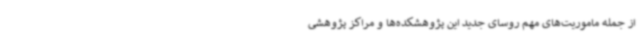
از جمله ماموریت‌های مهم روسای جدید این پژوهشکده‌ها و مراکز پژوهشی